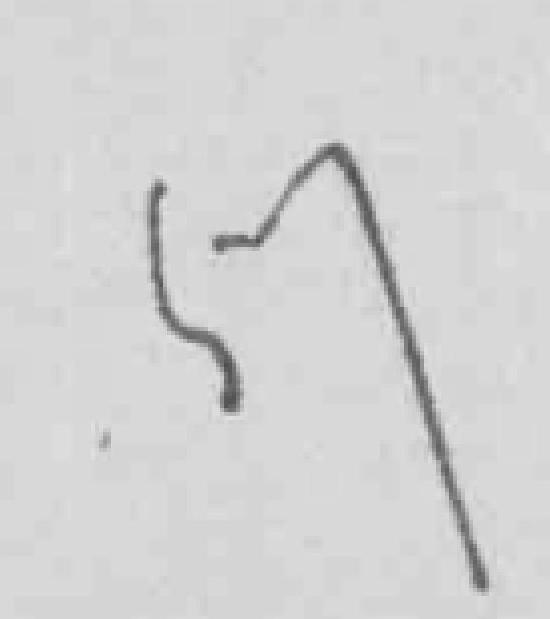
57